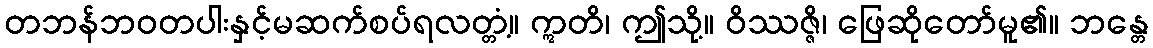
တဘန်ဘဝတပါးနှင့်မဆက်စပ်ရလတ္တံ့။ ဣတိ၊ ဤသို့။ ဝိဿဇ္ဇိ၊ ဖြေဆိုတော်မူ၏။ ဘန္တေ